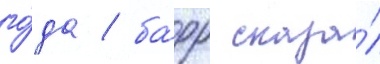
го́да / ба́рр сказа́л